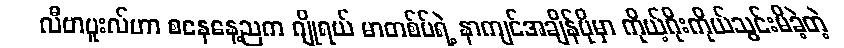
လီဗာပူးလ်ဟာ စနေနေ့ညက ဂျိုရယ် မာတစ်ပ်ရဲ့ နာကျင်အချိန်ပိုမှာ ကိုယ့်ဂိုးကိုယ်သွင်းမိခဲ့တဲ့